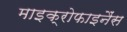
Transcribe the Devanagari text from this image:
माइक्रोफाइनैंस